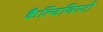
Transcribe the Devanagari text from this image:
कैल्विनिस्टो